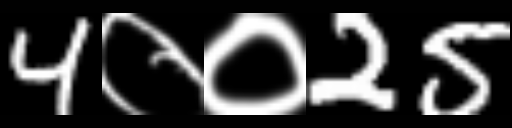
Text: 4००25